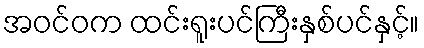
အဝင်ဝက ထင်းရူးပင်ကြီးနှစ်ပင်နှင့်။